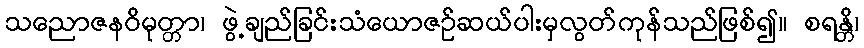
သညောဇနဝိမုတ္တာ၊ ဖွဲ့ချည်ခြင်းသံယောဇဉ်ဆယ်ပါးမှလွတ်ကုန်သည်ဖြစ်၍။ စရန္တိ၊